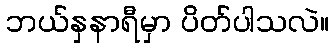
ဘယ်နှနာရီမှာ ပိတ်ပါသလဲ။